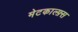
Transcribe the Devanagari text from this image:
मेटकाल्फ़्स